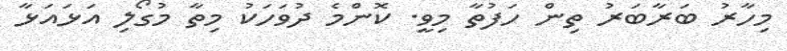
މިހާރު ބަރާބަރު ތިން ހަފުތާ މިވީ. ކޮންމެ ދުވަހަކު މިތާ މުގޯލި އަޅައަޅާ